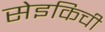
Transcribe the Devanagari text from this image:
सेइकिची